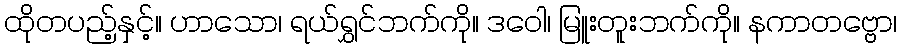
ထိုတပည့်နှင့်။ ဟာသော၊ ရယ်ရွှင်ဘက်ကို။ ဒဝေါ၊ မြူးတူးဘက်ကို။ နကာတဗ္ဗော၊